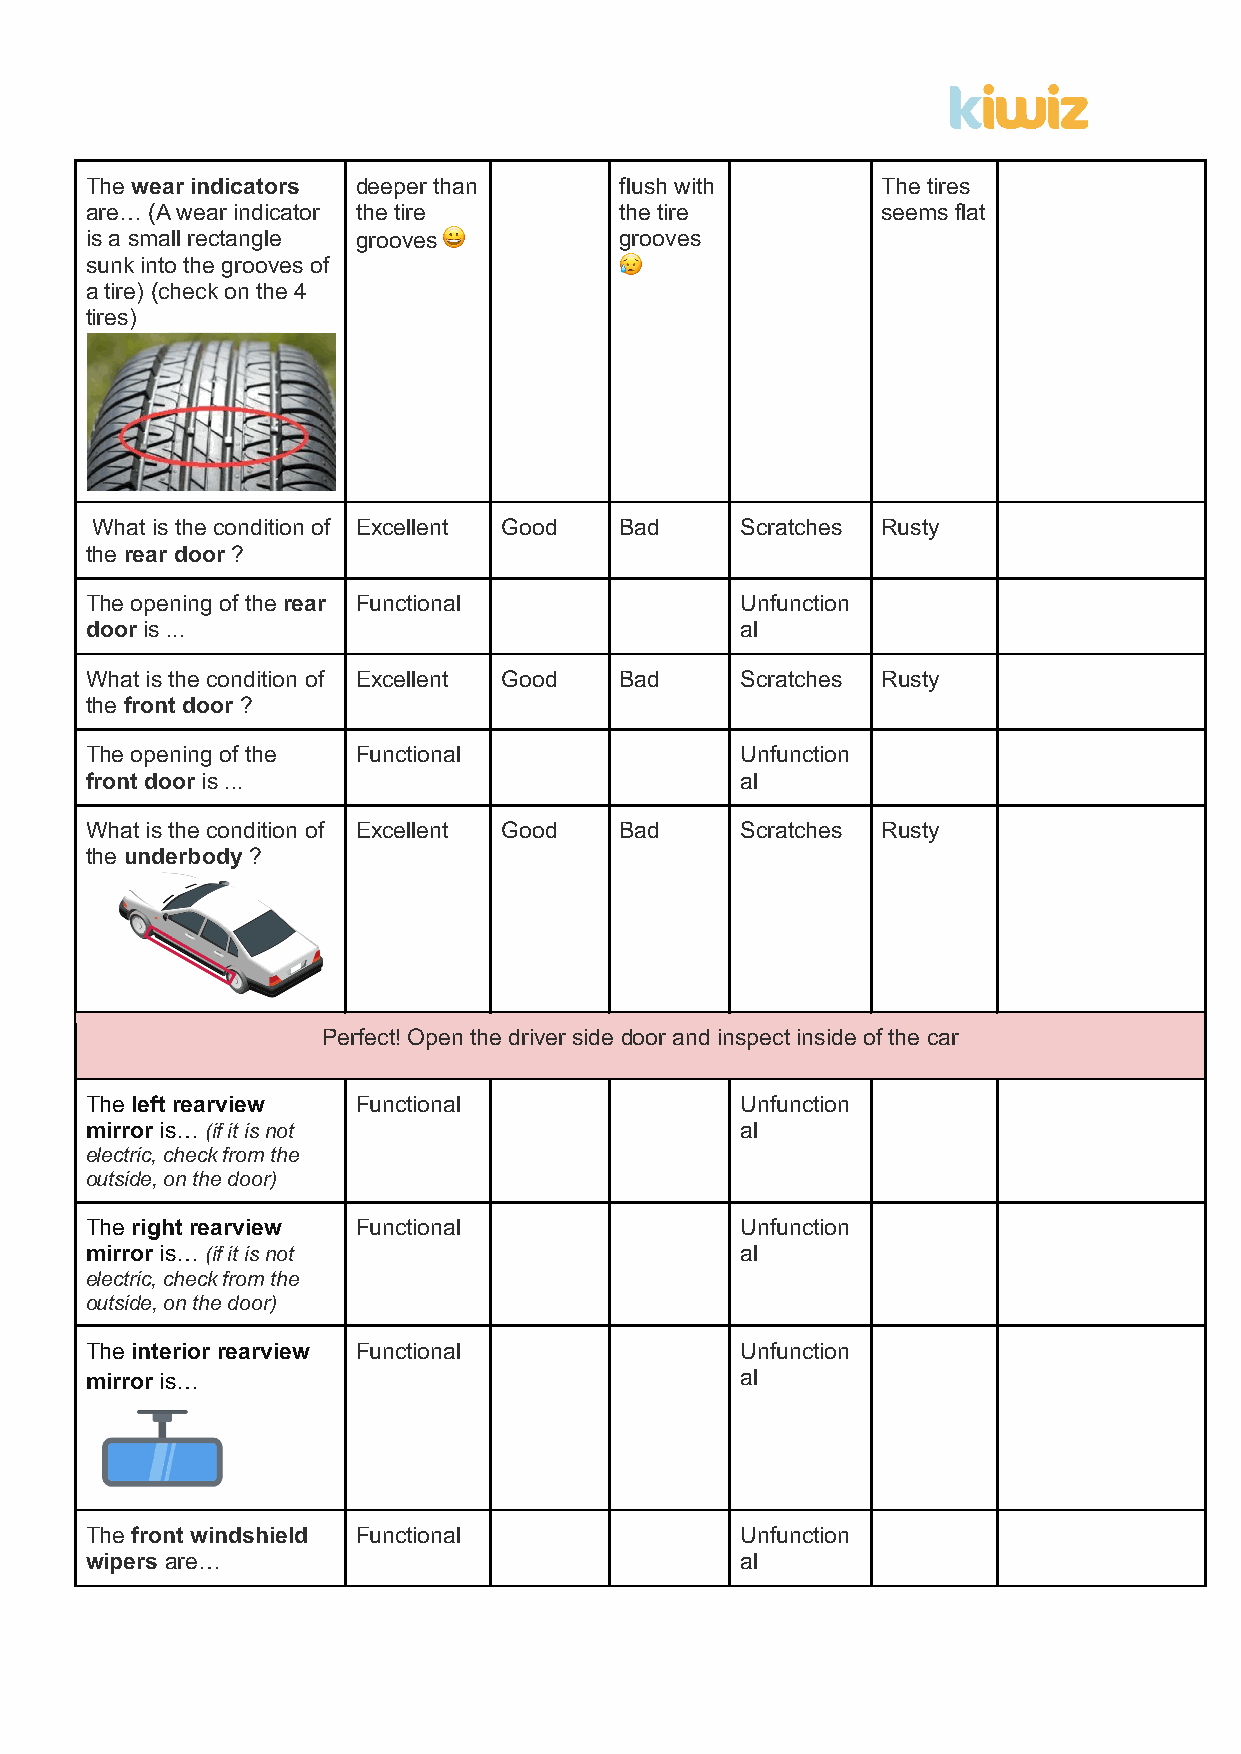
The wear indicators deeper than    flush with       The tires
 are… (A wear indicator the tire    the tire         seems flat
 is a small rectangle grooves 😀     grooves
 sunk into the grooves of           😥
 a tire) (check on the 4
 tires)
 What is the condition of Excellent Good Bad Scratches Rusty
 the rear door ?
 The opening of the rear Functional         Unfunction
 door is ...                                al
 What is the condition of Excellent Good Bad Scratches Rusty
 the front door ?
 The opening of the Functional              Unfunction
 front door is ...                          al
 What is the condition of Excellent Good Bad Scratches Rusty
 the underbody ?
 Perfect! Open the driver side door and inspect inside of the car
 The left rearview Functional               Unfunction
 mirror is… (if it is not                   al
 electric, check from the
 outside, on the door)
 The right rearview Functional              Unfunction
 mirror is… (if it is not                   al
 electric, check from the
 outside, on the door)
 The interior rearview Functional           Unfunction
 mirror is…                                 al
 The front windshield Functional            Unfunction
 wipers are…                                al